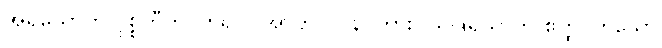
အရိယောတိ ဝုစ္စတီတိ၊ ဟူ၍။ (အာဟ၊) ပန၊ ကား။ သပ္ပုရိသာတိ ဧတ္ထ၊ ဟူသော